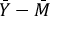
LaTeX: { \bar { Y } } - { \bar { M } }